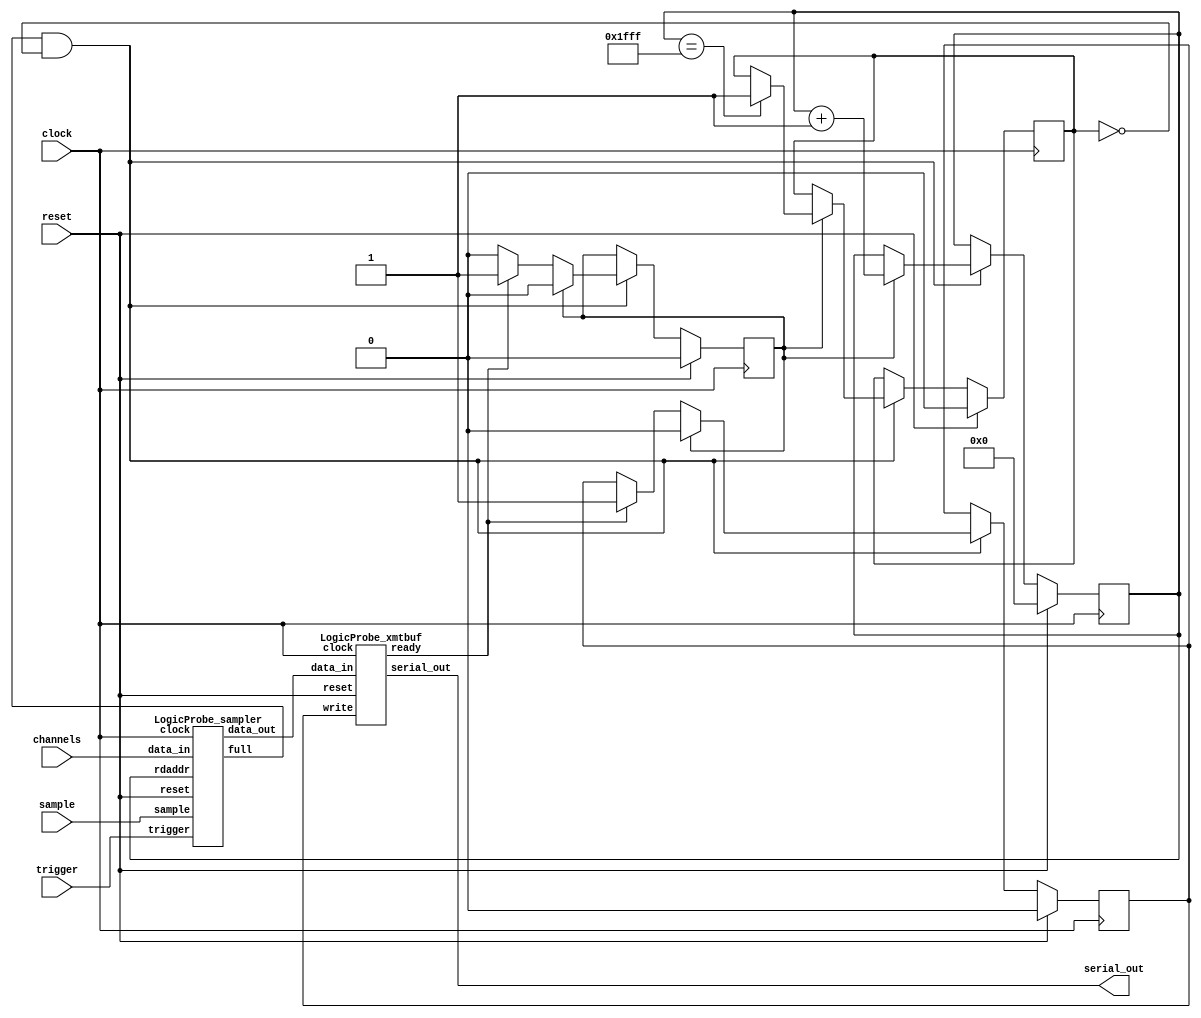
//
// LogicProbe.v -- on-chip logic probe with trace memory and read-out facility
//

`timescale 1ns/1ns

module LogicProbe(clock, reset, trigger, sample, channels, serial_out);
    input clock;
    input reset;
    input trigger;
    input sample;
    input [127:0] channels;
    output serial_out;

  wire full;
  reg [12:0] rdaddr;
  wire [7:0] data;
  reg write;
  wire ready;
  reg done;
  reg state;

  LogicProbe_sampler
    sampler(clock, reset, trigger, sample, channels, full, rdaddr, data);

  LogicProbe_xmtbuf
    xmtbuf(clock, reset, write, ready, data, serial_out);

  always @(posedge clock) begin
    if (reset == 1) begin
      rdaddr <= 13'd0;
      write <= 0;
      done <= 0;
      state <= 0;
    end else begin
      if (full == 1 && done == 0) begin
        if (state == 0) begin
          if (ready == 1) begin
            state <= 1;
            write <= 1;
          end
        end else begin
          if (rdaddr == 13'd8191) begin
            done <= 1;
          end
          state <= 0;
          write <= 0;
          rdaddr <= rdaddr + 1;
        end
      end
    end
  end

endmodule


module LogicProbe_sampler(clock, reset, trigger, sample,
                          data_in, full, rdaddr, data_out);
    input clock;
    input reset;
    input trigger;
    input sample;
    input [127:0] data_in;
    output reg full;
    input [12:0] rdaddr;
    output reg [7:0] data_out;

  reg [31:0] mem3[0:511];
  reg [31:0] mem2[0:511];
  reg [31:0] mem1[0:511];
  reg [31:0] mem0[0:511];

  reg [8:0] wraddr;
  wire [8:0] addr;
  reg [31:0] data3;
  reg [31:0] data2;
  reg [31:0] data1;
  reg [31:0] data0;

  reg [3:0] muxctrl;
  reg triggered;

  // addr for trace memory
  // full == 0 means data capture
  // full == 1 means data readout
  assign addr = (full == 0) ? wraddr: rdaddr[12:4];

  // pipeline register for output mux control: necessary
  // because the trace memory has one clock delay too
  always @(posedge clock) begin
    muxctrl <= rdaddr[3:0];
  end

  // output multiplexer
  always @(*) begin
    case (muxctrl)
      4'h0: data_out = data3[31:24];
      4'h1: data_out = data3[23:16];
      4'h2: data_out = data3[15: 8];
      4'h3: data_out = data3[ 7: 0];
      4'h4: data_out = data2[31:24];
      4'h5: data_out = data2[23:16];
      4'h6: data_out = data2[15: 8];
      4'h7: data_out = data2[ 7: 0];
      4'h8: data_out = data1[31:24];
      4'h9: data_out = data1[23:16];
      4'hA: data_out = data1[15: 8];
      4'hB: data_out = data1[ 7: 0];
      4'hC: data_out = data0[31:24];
      4'hD: data_out = data0[23:16];
      4'hE: data_out = data0[15: 8];
      4'hF: data_out = data0[ 7: 0];
    endcase
  end

  // trace memory
  always @(posedge clock) begin
    if (full == 0) begin
      mem3[addr] <= data_in[127:96];
      mem2[addr] <= data_in[ 95:64];
      mem1[addr] <= data_in[ 63:32];
      mem0[addr] <= data_in[ 31: 0];
    end
    data3 <= mem3[addr];
    data2 <= mem2[addr];
    data1 <= mem1[addr];
    data0 <= mem0[addr];
  end

  // state machine which fills trace memory after trigger occurred
  // it takes one sample per clock tick, but only when sample == 1
  always @(posedge clock) begin
    if (reset == 1) begin
      wraddr <= 9'd0;
      triggered <= 0;
      full <= 0;
    end else begin
      if (triggered == 1) begin
        // capture data, but only when sample == 1
        if (sample == 1) begin
          if (wraddr == 9'd511) begin
            // last sample, memory is full
            full <= 1;
          end else begin
            wraddr <= wraddr + 1;
          end
        end
      end else begin
        // wait for trigger, possibly capture first sample
        if (trigger == 1) begin
          triggered <= 1;
          if (sample == 1) begin
            wraddr <= wraddr + 1;
          end
        end
      end
    end
  end

endmodule


module LogicProbe_xmtbuf(clock, reset, write, ready, data_in, serial_out);
    input clock;
    input reset;
    input write;
    output reg ready;
    input [7:0] data_in;
    output serial_out;

  reg [1:0] state;
  reg [7:0] data_hold;
  reg load;
  wire empty;

  LogicProbe_xmt xmt(clock, reset, load, empty, data_hold, serial_out);

  always @(posedge clock) begin
    if (reset == 1) begin
      state <= 2'b00;
      ready <= 1;
      load <= 0;
    end else begin
      case (state)
        2'b00:
          begin
            if (write == 1) begin
              state <= 2'b01;
              data_hold <= data_in;
              ready <= 0;
              load <= 1;
            end
          end
        2'b01:
          begin
            state <= 2'b10;
            ready <= 1;
            load <= 0;
          end
        2'b10:
          begin
            if (empty == 1 && write == 0) begin
              state <= 2'b00;
              ready <= 1;
              load <= 0;
            end else
            if (empty == 1 && write == 1) begin
              state <= 2'b01;
              data_hold <= data_in;
              ready <= 0;
              load <= 1;
            end else
            if (empty == 0 && write == 1) begin
              state <= 2'b11;
              data_hold <= data_in;
              ready <= 0;
              load <= 0;
            end
          end
        2'b11:
          begin
            if (empty == 1) begin
              state <= 2'b01;
              ready <= 0;
              load <= 1;
            end
          end
      endcase
    end
  end

endmodule


module LogicProbe_xmt(clock, reset, load, empty, parallel_in, serial_out);
    input clock;
    input reset;
    input load;
    output reg empty;
    input [7:0] parallel_in;
    output serial_out;

  reg [3:0] state;
  reg [8:0] shift;
  reg [10:0] count;

  assign serial_out = shift[0];

  always @(posedge clock) begin
    if (reset == 1) begin
      state <= 4'h0;
      shift <= 9'b111111111;
      empty <= 1;
    end else begin
      if (state == 4'h0) begin
        if (load == 1) begin
          state <= 4'h1;
          shift <= { parallel_in, 1'b0 };
          count <= 1302;
          empty <= 0;
        end
      end else
      if (state == 4'hb) begin
        state <= 4'h0;
        empty <= 1;
      end else begin
        if (count == 0) begin
          state <= state + 1;
          shift[8:0] <= { 1'b1, shift[8:1] };
          count <= 1302;
        end else begin
          count <= count - 1;
        end
      end
    end
  end

endmodule